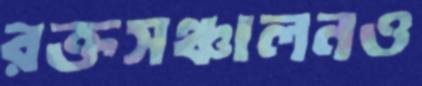
রক্তসঞ্চালনও